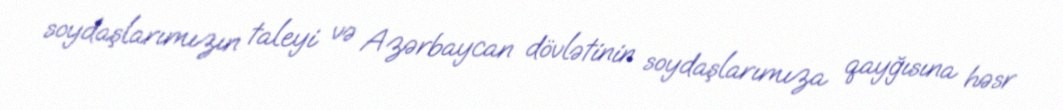
soydaşlarımızın taleyi və Azərbaycan dövlətinin soydaşlarımıza qayğısına həsr